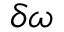
\delta \omega